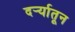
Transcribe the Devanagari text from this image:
दर्र्‍यातून